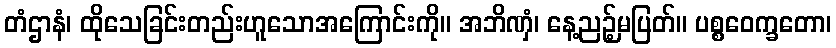
တံဌာနံ၊ ထိုသေခြင်းတည်းဟူသောအကြောင်းကို။ အဘိဏှံ၊ နေ့ညဉ့်မပြတ်။ ပစ္စဝေက္ခတော၊